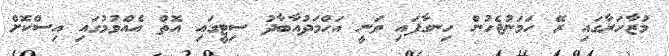
މުޒާހަރާގައި ރޭ ހަމަނުޖެހުން ހިނގާފައި ވަނީ އަހްމަދުއާބާދު ސިޓީގައި އޮތް އެއްވުމުގައި އިސްކޮށް